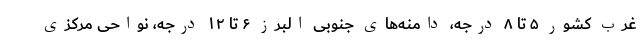
غرب کشور ۵ تا ۸ درجه، دامنه‌های جنوبی البرز ۶ تا ۱۲ درجه، نواحی مرکزی